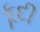
કૂદી